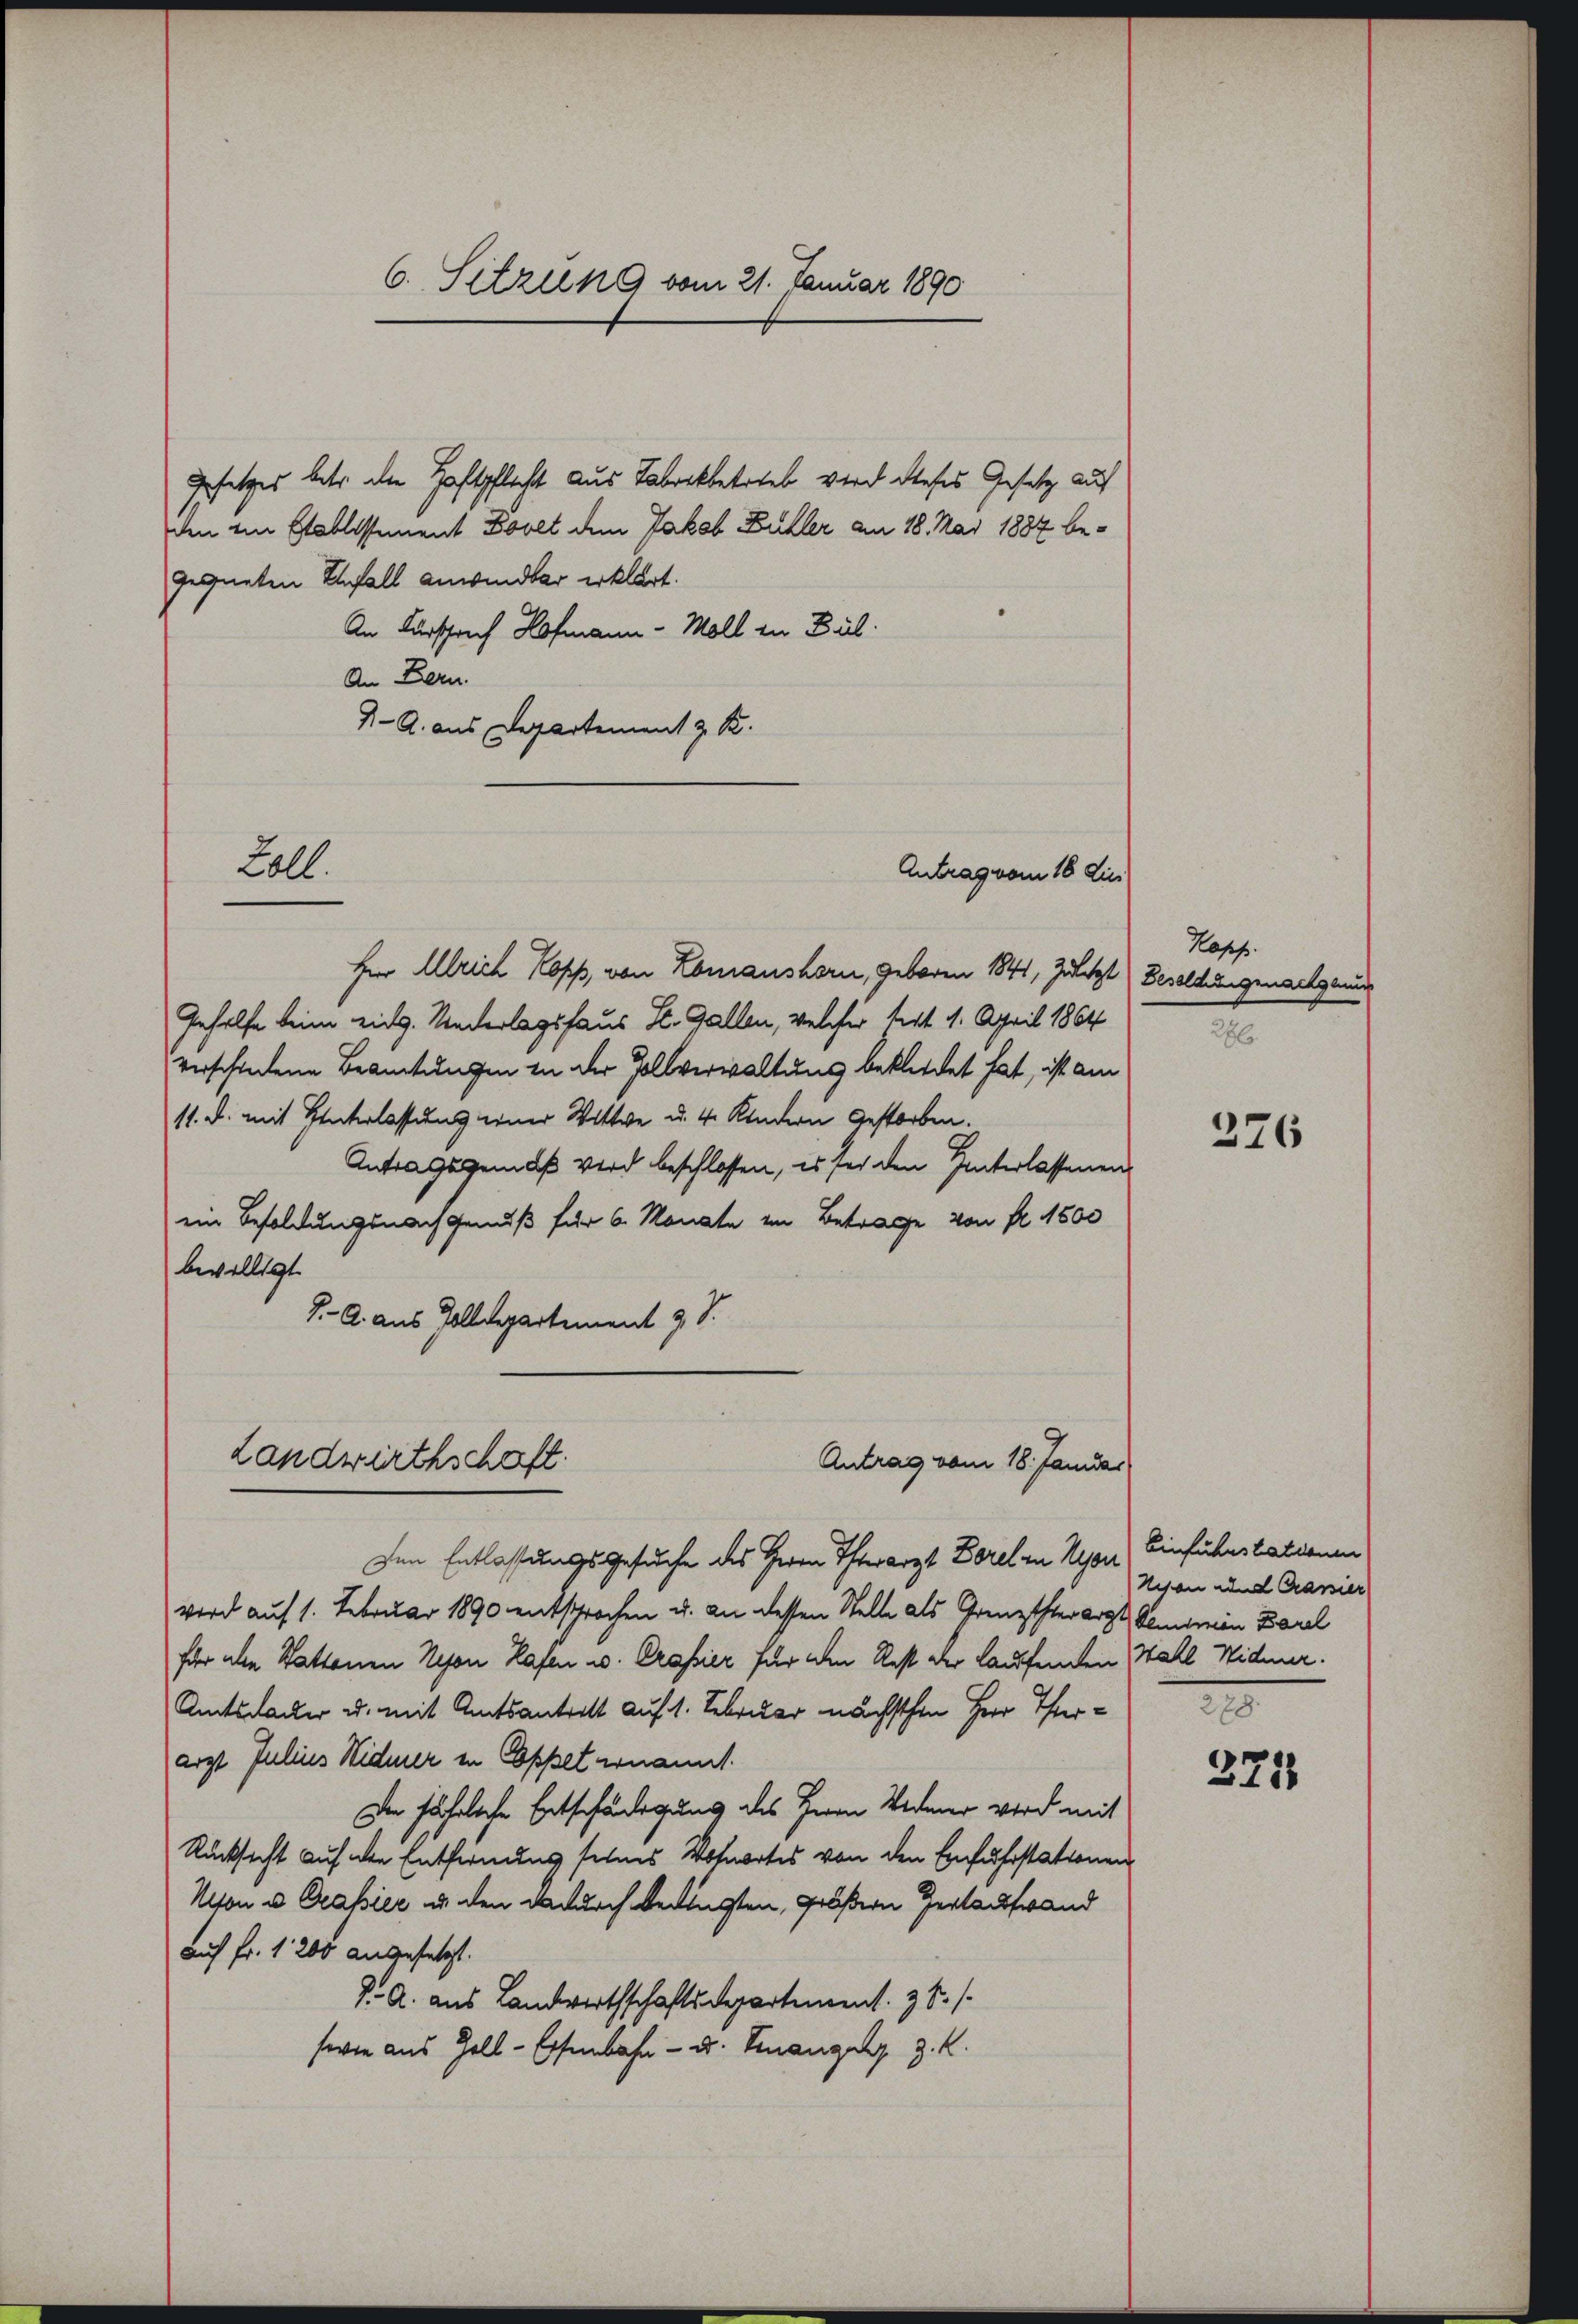
6. Sitzung vom 21. Januar 1890

Gesetzes betr. die Haftpflicht aus Tabrikbetrieb wird dieses Gesetz auf
den ein Etablissement Bovet dem Jakob Bühler am 18. Mai 1882 begegneten Unfall anwendbar erklärt.
An Fürsprech Hofmann - Moll in Bil
An Bern.
4- A. aus Departement z. B.

Lall.

Herr Ulrich Kopp, von Romanshorn, geboren 1841, Zuletzt) Dereltungsnachgenug
Gehilfe keine eing. Niederlagshaus St. Gallen, welcher seit 1. April 1864
verschiedene Beamtungen in der Zollverwaltung bekleidet hat, ist am
11. d. mit Unterlassung einer Wittwe u. 4. Kindern gestorben.
Antragsgemäß wird beschlossen, es sei den Hinterlassenen
ein Besoldungsnachgenuß für 6 Monate im Betrage von fl. 1500
bewilligt
J. A. aus Zolldepartement z. S.

Antrag vom 16. dies

Landwirthschaft
Antrag vom 18. Janidar

Den Entlassungsgesuche des Herrn Therarzt Borel in Nyon, Einführstationen
wird auf 1. Februar 1890 entsprochen u. an dessen Stelle als Grenztsterarzt Gemein Barel
für die Stattenen Schon Hafen u. Crapier für den Rest der laufenden Wahl Widmer.
Amtsdacker u. mit Amtsantritt auf 1. Februar nächsten Herr Therarzt Julius Widmer in Oppet ernannt.
Der fährliche Entschädigung des Herrn Vormer wird mit
Rücksicht auf der Entfernung seines Votwortes von den Einfuhrstationen
Uton u. Grassier u. den dadurch bedingten, größern Zertaufwand
auf Fr. 1200 angesetzt.
J. A. aus Landwirthschaftsdepartement. 38./
sowie aus Zoll-Eisenbahn- u. Finanzen z. K.

Kopf.
286

276

Wesen und Cassier

278.
371